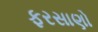
ફરસાણો